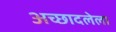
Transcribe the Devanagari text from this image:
अच्छादलेला